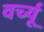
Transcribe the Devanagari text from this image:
वर्च्यू